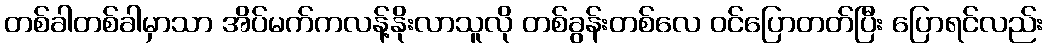
တစ်ခါတစ်ခါမှာသာ အိပ်မက်ကလန့်နိုးလာသူလို တစ်ခွန်းတစ်လေ ဝင်ပြောတတ်ပြီး ပြောရင်လည်း